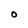
Character: O